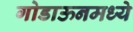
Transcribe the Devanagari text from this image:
गोडाऊनमध्ये